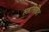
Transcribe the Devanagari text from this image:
सहलिखित